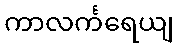
ကာလင်္ကရေယျ